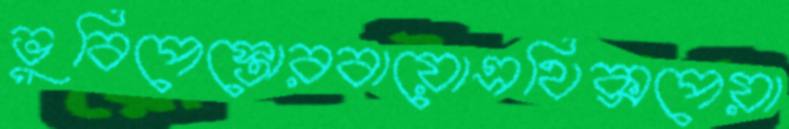
ভুবিপেস্তোরবায়োএথিক্সপেয়া